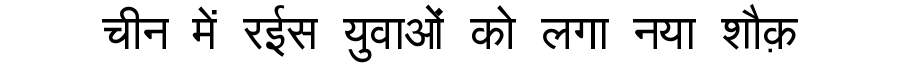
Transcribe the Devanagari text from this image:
चीन में रईस युवाओं को लगा नया शौक़